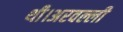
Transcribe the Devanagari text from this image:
थी।अरवल्ली